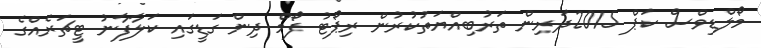
މޯލްޑިވްސް ކަޕް 2015ދަރިން ތަރުބިއްޔަތުކުރުން ރިޕޯޓު ފޯމް ދިން ގަޑީގައި ކަލާފާނު ޓީޗަރެއްގެ